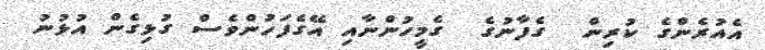
އެއުރެންގެ ކުރިން  ގެފާނުގެ  ގެމީހުންނާއި އޭގެފަހުންވެސް ގުޅިގެން އުޅުނު